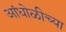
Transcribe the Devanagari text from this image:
आंधोळीच्या